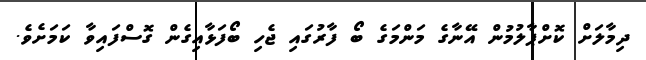
ދިމާލަށް ކޮށްޕާލުމުން އޭނާގެ މަންމަގެ ބޯ ފާރުގައި ޖެހި ބޯފަޅާއިގެން ގޮސްފައިވާ ކަމަށެވެ.